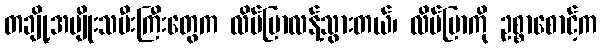
တချို့အမျိုးသမီးကြီးတွေက လိပ်ပြာလန့်သွားတယ်၊ လိပ်ပြာကို ဥစ္စာစောင့်က